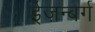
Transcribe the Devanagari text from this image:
ईज़न्बर्ग